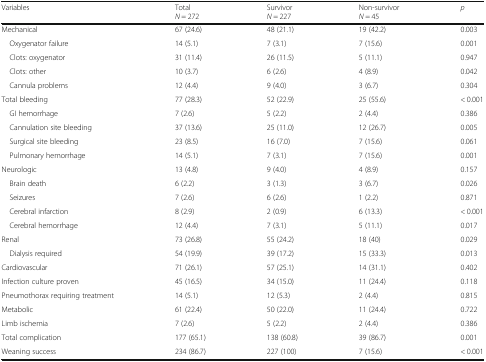
<table><thead><tr><td><b>Variables</b></td><td><b>Total<i>N</i> = 272</b></td><td><b>Survivor<i>N</i> = 227</b></td><td><b>Non-survivor<i>N</i> = 45</b></td><td><b><i>p</i></b></td></tr></thead><tbody><tr><td>Mechanical</td><td>67 (24.6)</td><td>48 (21.1)</td><td>19 (42.2)</td><td>0.003</td></tr><tr><td> Oxygenator failure</td><td>14 (5.1)</td><td>7 (3.1)</td><td>7 (15.6)</td><td>0.001</td></tr><tr><td> Clots: oxygenator</td><td>31 (11.4)</td><td>26 (11.5)</td><td>5 (11.1)</td><td>0.947</td></tr><tr><td> Clots: other</td><td>10 (3.7)</td><td>6 (2.6)</td><td>4 (8.9)</td><td>0.042</td></tr><tr><td> Cannula problems</td><td>12 (4.4)</td><td>9 (4.0)</td><td>3 (6.7)</td><td>0.304</td></tr><tr><td>Total bleeding</td><td>77 (28.3)</td><td>52 (22.9)</td><td>25 (55.6)</td><td>&lt; 0.001</td></tr><tr><td> GI hemorrhage</td><td>7 (2.6)</td><td>5 (2.2)</td><td>2 (4.4)</td><td>0.386</td></tr><tr><td> Cannulation site bleeding</td><td>37 (13.6)</td><td>25 (11.0)</td><td>12 (26.7)</td><td>0.005</td></tr><tr><td> Surgical site bleeding</td><td>23 (8.5)</td><td>16 (7.0)</td><td>7 (15.6)</td><td>0.061</td></tr><tr><td> Pulmonary hemorrhage</td><td>14 (5.1)</td><td>7 (3.1)</td><td>7 (15.6)</td><td>0.001</td></tr><tr><td>Neurologic</td><td>13 (4.8)</td><td>9 (4.0)</td><td>4 (8.9)</td><td>0.157</td></tr><tr><td> Brain death</td><td>6 (2.2)</td><td>3 (1.3)</td><td>3 (6.7)</td><td>0.026</td></tr><tr><td> Seizures</td><td>7 (2.6)</td><td>6 (2.6)</td><td>1 (2.2)</td><td>0.871</td></tr><tr><td> Cerebral infarction</td><td>8 (2.9)</td><td>2 (0.9)</td><td>6 (13.3)</td><td>&lt; 0.001</td></tr><tr><td> Cerebral hemorrhage</td><td>12 (4.4)</td><td>7 (3.1)</td><td>5 (11.1)</td><td>0.017</td></tr><tr><td>Renal</td><td>73 (26.8)</td><td>55 (24.2)</td><td>18 (40)</td><td>0.029</td></tr><tr><td> Dialysis required</td><td>54 (19.9)</td><td>39 (17.2)</td><td>15 (33.3)</td><td>0.013</td></tr><tr><td>Cardiovascular</td><td>71 (26.1)</td><td>57 (25.1)</td><td>14 (31.1)</td><td>0.402</td></tr><tr><td>Infection culture proven</td><td>45 (16.5)</td><td>34 (15.0)</td><td>11 (24.4)</td><td>0.118</td></tr><tr><td>Pneumothorax requiring treatment</td><td>14 (5.1)</td><td>12 (5.3)</td><td>2 (4.4)</td><td>0.815</td></tr><tr><td>Metabolic</td><td>61 (22.4)</td><td>50 (22.0)</td><td>11 (24.4)</td><td>0.722</td></tr><tr><td>Limb ischemia</td><td>7 (2.6)</td><td>5 (2.2)</td><td>2 (4.4)</td><td>0.386</td></tr><tr><td>Total complication</td><td>177 (65.1)</td><td>138 (60.8)</td><td>39 (86.7)</td><td>0.001</td></tr><tr><td>Weaning success</td><td>234 (86.7)</td><td>227 (100)</td><td>7 (15.6)</td><td>&lt; 0.001</td></tr></tbody></table>